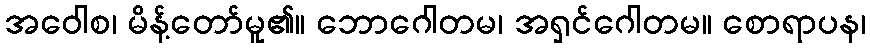
အဝေါစ၊ မိန့်တော်မူ၏။ ဘောဂေါတမ၊ အရှင်ဂေါတမ။ စောရာပန၊